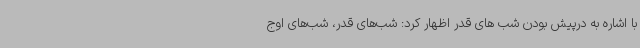
با اشاره به درپیش بودن شب های قدر اظهار کرد: شب‌های قدر، شب‌های اوج